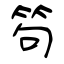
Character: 笱